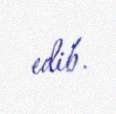
edib.